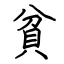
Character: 貧